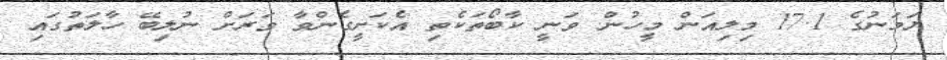
ޔަމަނުގެ 17.1 މިލިއަން މީހުން ވަނީ ކާބޯތަކެތި އެކަށީގެންވާ ވަރަށް ނުލިބޭ ހާލަތުގައި